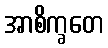
အာစိက္ခတေ